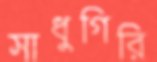
সাধুগিরি